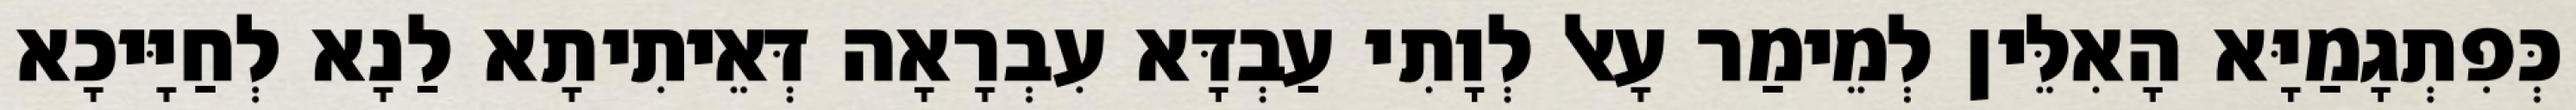
כְּפִתְגָמַיָּא הָאִלֵּין לְמֵימַר עָאל לְוָתִי עַבְדָּא עִבְרָאָה דְּאֵיתִיתָא לַנָא לְחַיָּיכָא